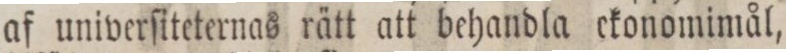
af univerſiteternas rätt att behandla ckonomimål,